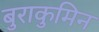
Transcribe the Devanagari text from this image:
बुराकुमिन